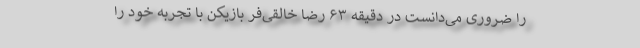
را ضروری می‌دانست در دقیقه ۶۳ رضا خالقی‌فر بازیکن با تجربه خود را